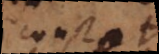
constet,